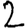
Digit: 2